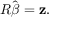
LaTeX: R { \hat { \boldsymbol { \beta } } } = \mathbf { z } .